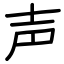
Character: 声